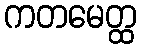
ကတမေတ္ထ